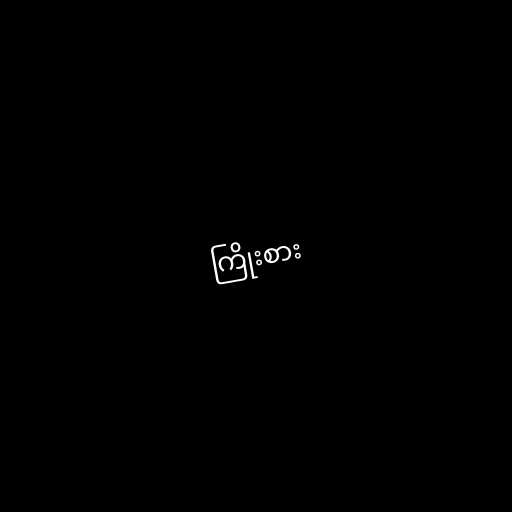
ကြိုးစား